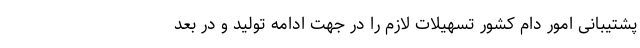
پشتیبانی امور دام کشور تسهیلات لازم را در جهت ادامه تولید و در بعد